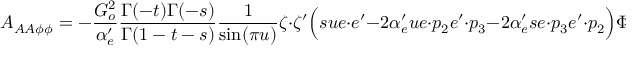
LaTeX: { \cal A } _ { A A \phi \phi } = - \frac { G _ { o } ^ { 2 } } { \alpha _ { e } ^ { \prime } } \frac { \Gamma ( - t ) \Gamma ( - s ) } { \Gamma ( 1 - t - s ) } \frac { 1 } { \sin ( \pi u ) } \zeta \cdot \zeta ^ { \prime } \Big ( s u e \cdot e ^ { \prime } - 2 \alpha _ { e } ^ { \prime } u e \cdot p _ { 2 } e ^ { \prime } \cdot p _ { 3 } - 2 \alpha _ { e } ^ { \prime } s e \cdot p _ { 3 } e ^ { \prime } \cdot p _ { 2 } \Big ) \Phi _ { + }